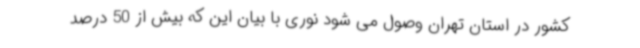
کشور در استان تهران وصول می شود نوری با بیان این که بیش از 50 درصد